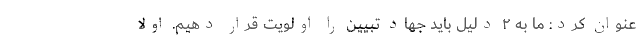
عنوان کرد: ما به ۲ دلیل باید جهاد تبیین را اولویت قرار دهیم. اولا